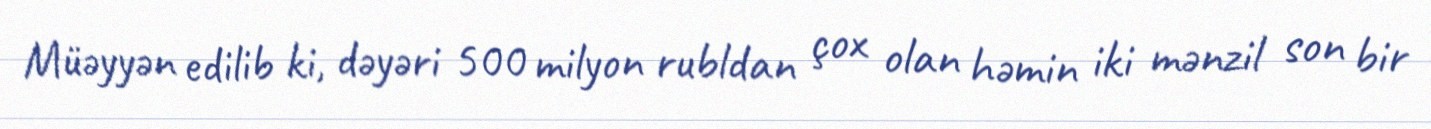
Müəyyən edilib ki, dəyəri 500 milyon rubldan çox olan həmin iki mənzil son bir